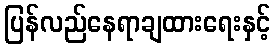
ပြန်လည်နေရာချထားရေးနှင့်